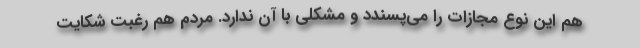
هم این نوع مجازات را می‌پسندد و مشکلی با آن ندارد. مردم هم رغبت شکایت